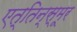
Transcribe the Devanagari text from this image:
एत्तिन्स्मूर